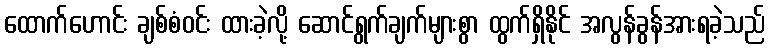
ထောက်ဟောင်း ချစ်စံဝင်း ထားခဲ့လို့ ဆောင်ရွက်ချက်များစွာ ထွက်ရှိနိုင် အလွန်ခွန်အားရခဲ့သည်